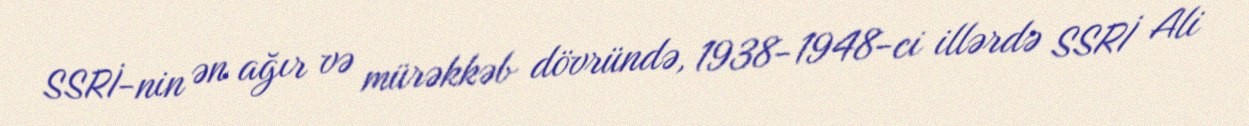
SSRİ-nin ən ağır və mürəkkəb dövründə, 1938-1948-ci illərdə SSRİ Ali